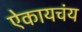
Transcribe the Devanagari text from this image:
ऐकायचंय